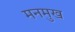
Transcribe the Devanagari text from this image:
मनमुख